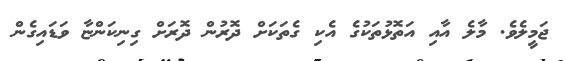
ޖަމީލެވެ. މާލެ އާއި އަތޮޅުތަކުގެ އެކި ގެތަކަށް ދޮރުން ދޮރަށް ގިނިކަންޏާ ވަޑައިގެން